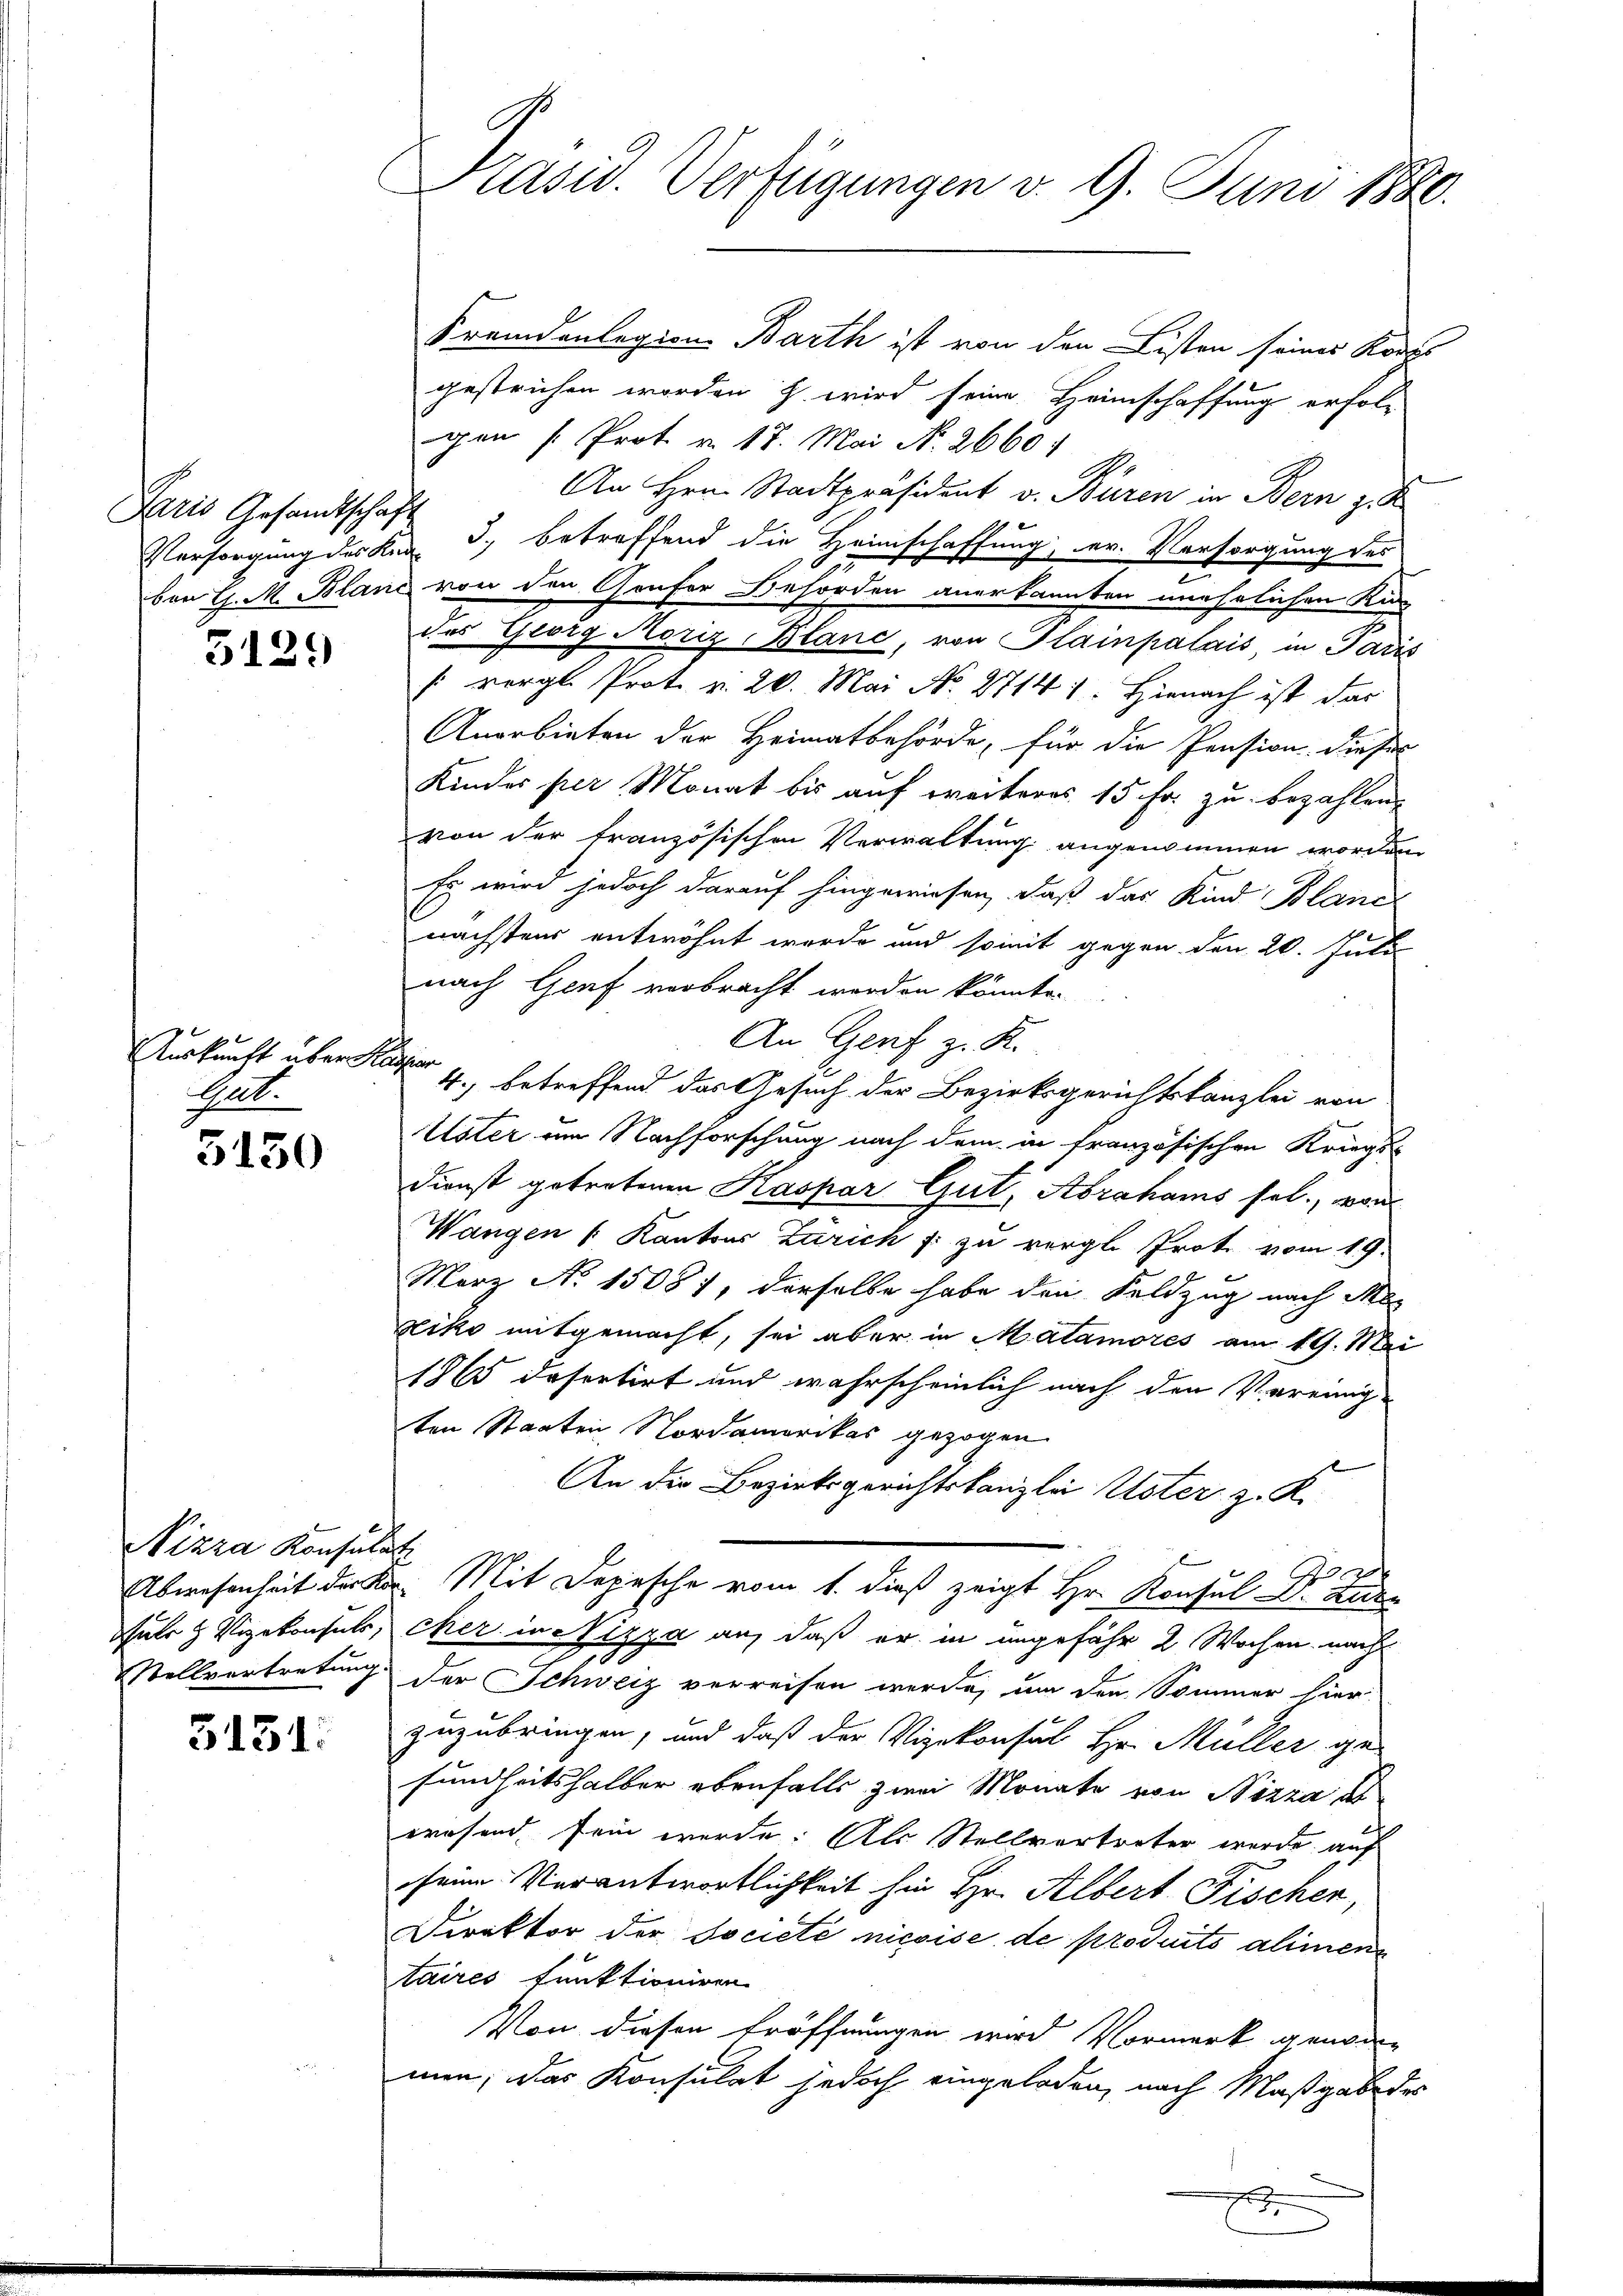
Paris Gesandtschaft

3129

Auskunft über Reichen
Ant.

5130

Vizza Konsulati

3151:

Präsid. Verfügungen d. 9. Juni 1880.

Fremdenlegion Barth ist von den Listen seines Kraus
gestrichen worden z. wird seine Heimschaffung erfol-
gen [Prot v. 17. Mai N. 26601 4.
An Hrn. Stadtpräsident v. Buren in Bern z. K
Eersorgung des Ken 3. betreffend die Heimschaffung, er. Vorsorgung des
ber C. M. Bland von den Genfer Behörden anerkannten unehelichen Kin
des Georg Moriz Blanc, von Plainpalais, in Paris
[vergl. Prot. v. 20. Mai No. 27141. Hienach ist das
Anerbieten der Heimatbehörde, für die Pension dieses
Kinder per Monat bis auf weiteres 15 Fr. zu bezahlen.
von der tranzösischen Verwaltung angenommen worden
Es wird jedoch darauf hingewiesen, daß das Kind Blanc
nächstens entwöhnt werde und somit gegen den 20. Juli
nach Genf verbracht worden könnte.
An Genf z. R.
4. betreffend das Gesuch der Bezirksgerichtskanzlei von
Uster um Nachforschung nach dem in französischen Kriegs-
Dienst getretenen Kaspar Gut, Abrahams sel., von
Wangen /: Kantons Zürich f. zu vergl. Prote vom 19.
März No. 15081, derselbe habe den Feldzug nach Me
Kiko mitgemacht, sei aber in Malamores am 19. Mai
1865 desertirt und wahrscheinlich nach den Vereinig-
ten Staaten Nordamerikas gezogen
An die Bezirksgerichtskanzlei Uster z. R.
20
Abwesenheit der k. Mit Depesche vom 1. dieß zeigt Hr. Konsul L. Zuder
ule & Vizekonsuls, eher in Nizza an, daß er in ungefähr 2 Wochen, nach
Stellvertretung der Schweiz verreisen werde, um den Sommer hier
zuzubringen, und daß der Vizekonsul Hr. Müller ge-
sundheitshalber ebenfalls zwei Monate von Sizza al
wresend sein werde. Als Stellvertreter wurde auf
seine Verantwortlichkeit hin Hr. Albert Fischen,
Direktor der Societe nicoise de produits alimen
taires funktioniren
Von diesen Eröffnungen wird Vormerk genom-
men; das Konsulat jedoch eingeladen, nach Maßgabe des